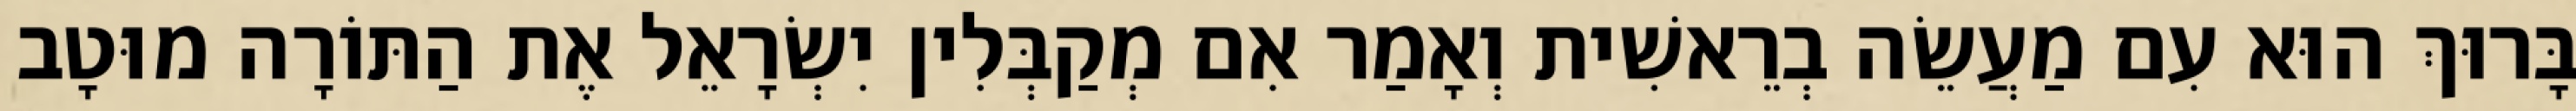
בָּרוּךְ הוּא עִם מַעֲשֵׂה בְרֵאשִׁית וְאָמַר אִם מְקַבְּלִין יִשְׂרָאֵל אֶת הַתּוֹרָה מוּטָב